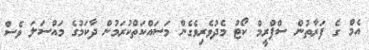
އެމް ގެ ފަރާތުން ސްޕްރީމް ކޯޓު މެދުވެރިވެގެން މަސައްކަތްކުރަމުން ދާކަމުގެ މައްސަލަ ވެސް